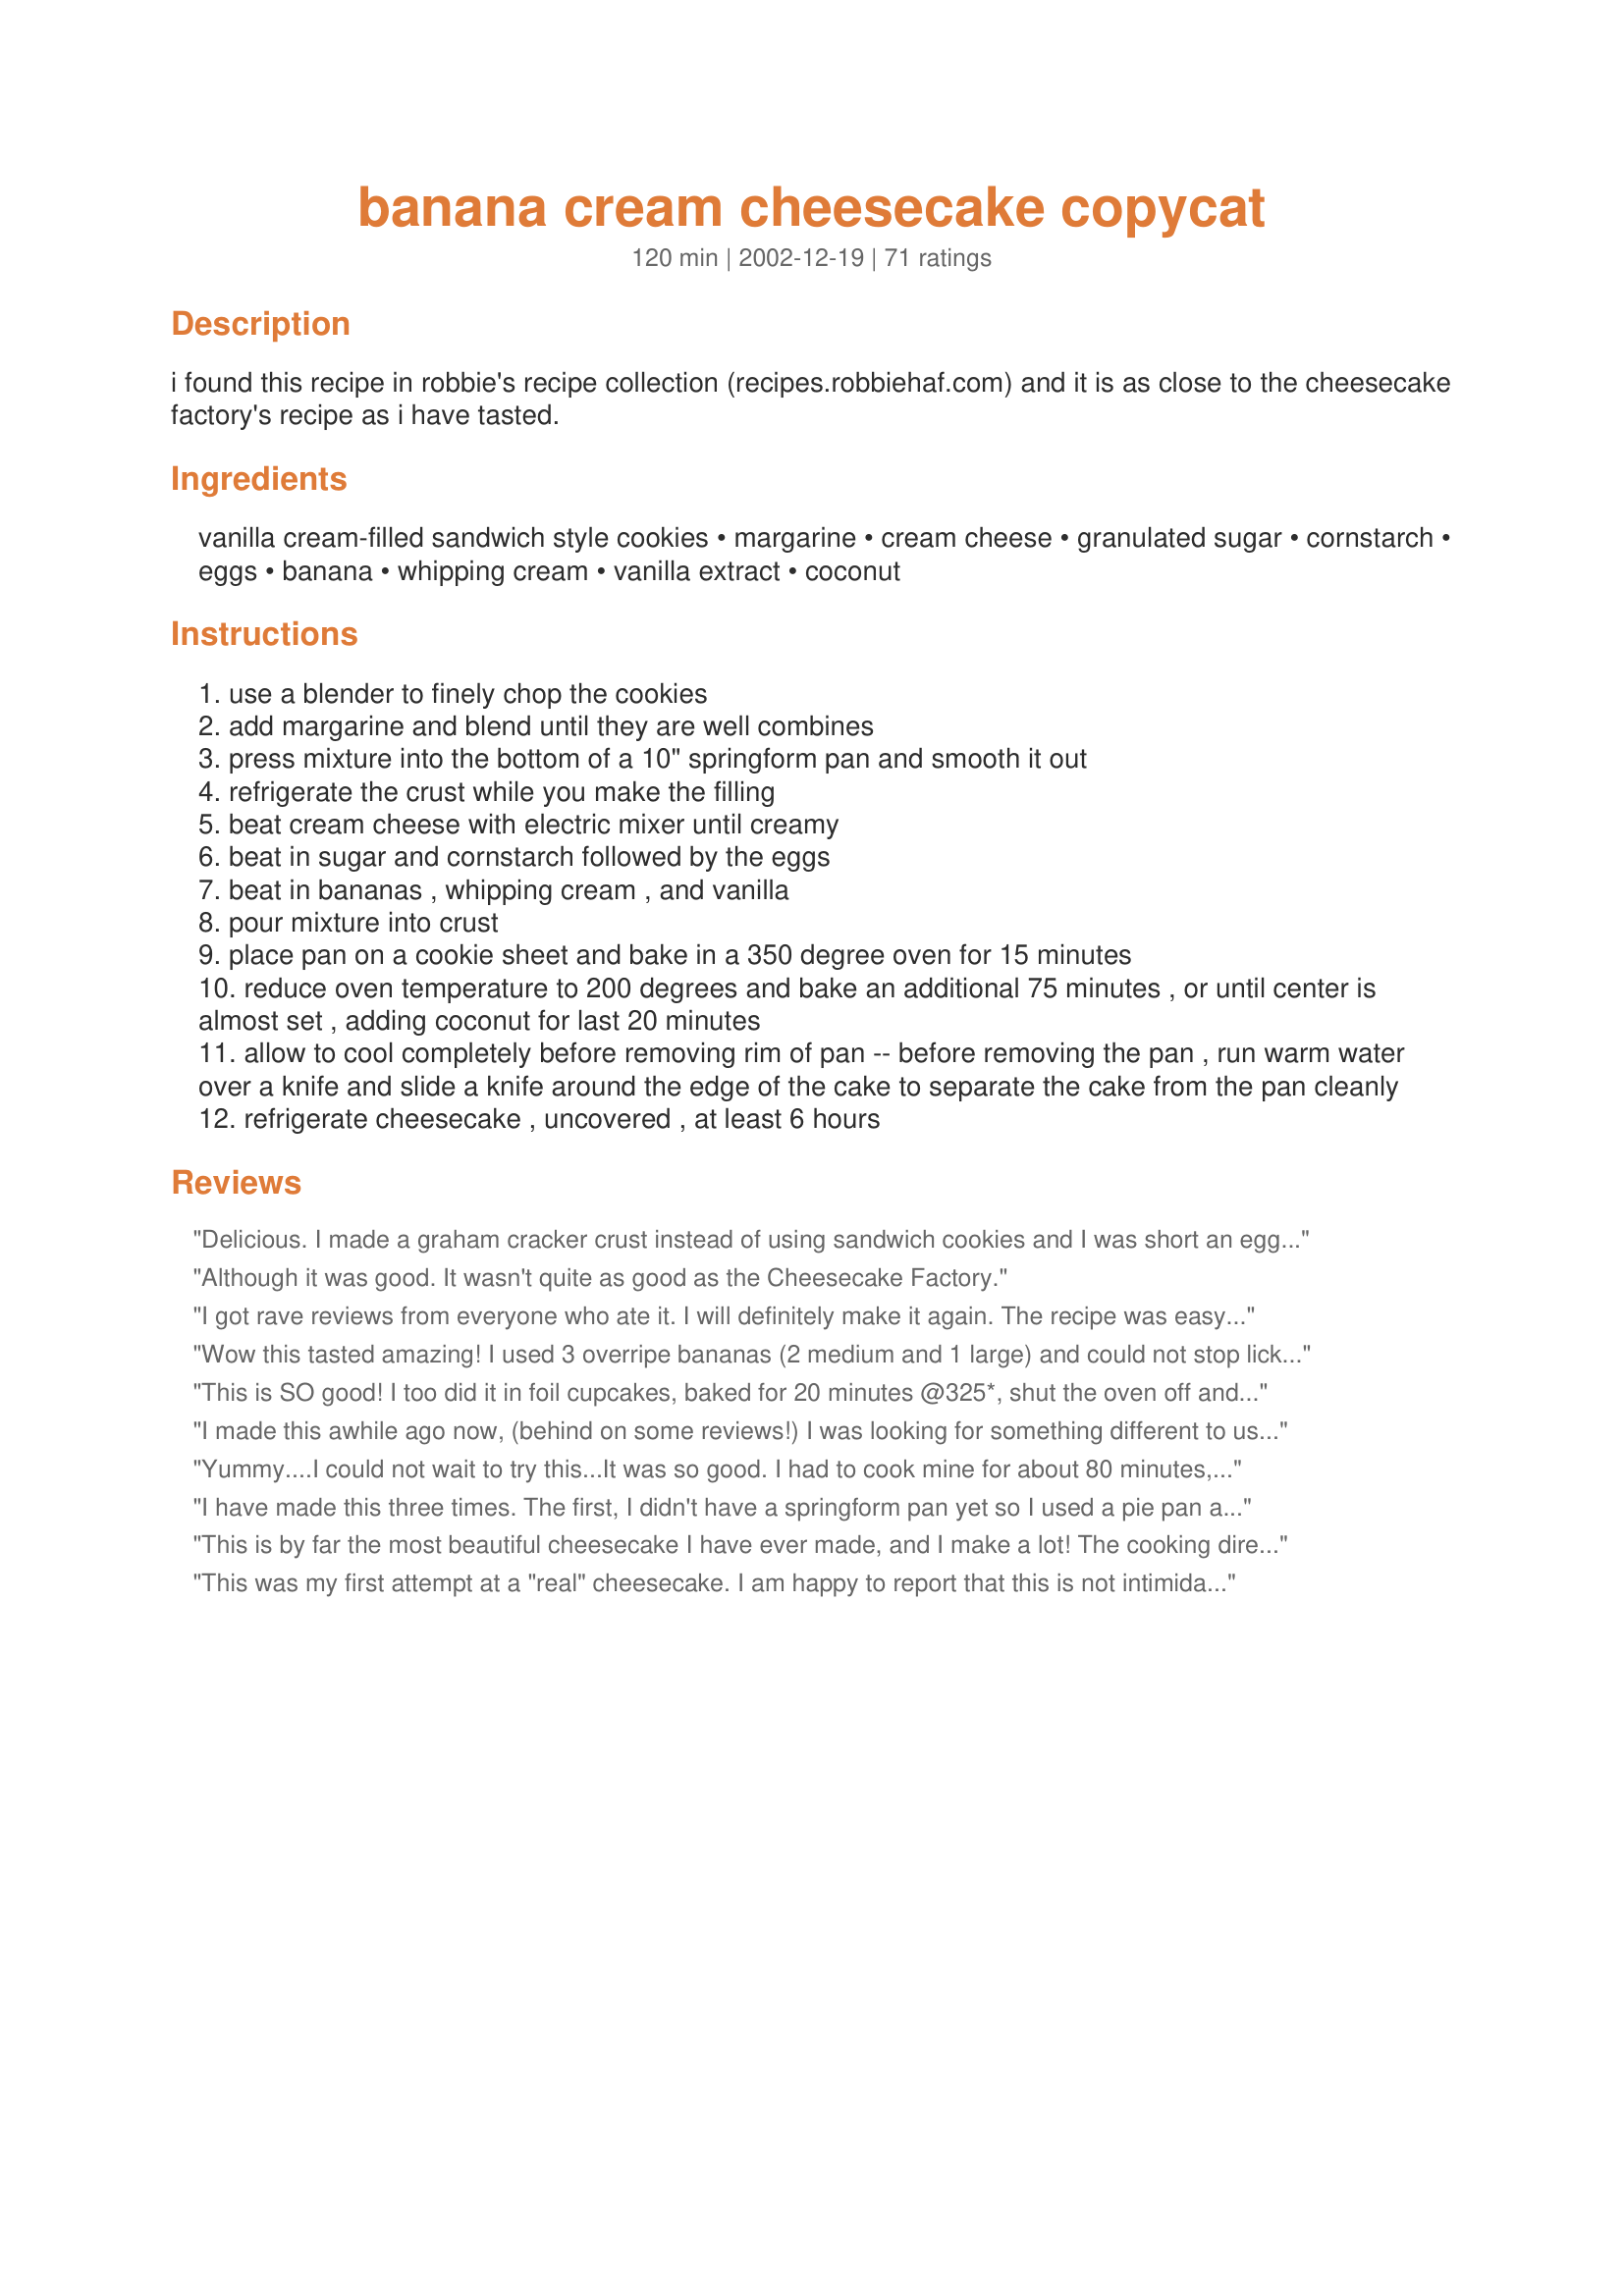
banana cream cheesecake copycat
Preparation time: 120 minutes

i found this recipe in robbie's recipe collection (recipes.robbiehaf.com) and it is as close to the cheesecake factory's recipe as i have tasted.

Ingredients:
vanilla cream-filled sandwich style cookies, margarine, cream cheese, granulated sugar, cornstarch, eggs, banana, whipping cream, vanilla extract, coconut

Steps:
use a blender to finely chop the cookies
add margarine and blend until they are well combines
press mixture into the bottom of a 10" springform pan and smooth it out
refrigerate the crust while you make the filling
beat cream cheese with electric mixer until creamy
beat in sugar and cornstarch followed by the eggs
beat in bananas , whipping cream , and vanilla
pour mixture into crust
place pan on a cookie sheet and bake in a 350 degree oven for 15 minutes
reduce oven temperature to 200 degrees and bake an additional 75 minutes , or until center is almost set , adding coconut for last 20 minutes
allow to cool completely before removing rim of pan -- before removing the pan , run warm water over a knife and slide a knife around the edge of the cake to separate the cake from the pan cleanly
refrigerate cheesecake , uncovered , at least 6 hours

Reviews:
Delicious. I made a graham cracker crust instead of using sandwich cookies and I was short an egg so substituted a bit of ground flax seed mixed in water for it. Otherwise I followed the recipe and found it much more flavorful than your average cheesecake. Even my child who doesn&#039;t like bananas was happy to eat it.
Although it was good. It wasn't quite as good as the Cheesecake Factory.
I got rave reviews from everyone who ate it. I will definitely make it again. The recipe was easy to follow. After the 75 minutes, I left it in the oven with the door ajar for 40 minutes.
Wow this tasted amazing! I used 3 overripe bananas (2 medium and 1 large) and could not stop licking the batter =). I used a 10" springform pan but after the first cut realized that it needed to cook for about another 10-15 minutes. Other than that my dad and rest of the family loved it (my dad's favorite cheesecake at the Cheesecake Factory is this one so I made it for his birthday)! Thanks for such a great recipe.
This is SO good! I too did it in foil cupcakes, baked for 20 minutes @325*, shut the oven off and let them stand for an additional 5 minutes with door open before removing them from the oven. I cooled them, topped with canned whipped cream, a small butter cookie and sifted cocoa! They turned out beautiful! Light, airy and perfectly creamy! I took them to a potluck and came home empty handed - with rave reviews! THANKS! 

I made this awhile ago now, (behind on some reviews!) I was looking for something different to use up those ripe bananas and I had the cream cheese in the house so, why not! I liked it, (banana would actually not be my first choice for a cheesecake flavour, I am more for chocolate, cherry, raspberry, you get the idea!)...but hubby loved it! So I must give 5 stars as he is not a big dessert person. He doesn't like really really rich stuff that much. I think now that if he has his choice, this would be one of the ones he would request.
The texture was just great, smooth and creamy! Thanks, Tina!
Yummy....I could not wait to try this...It was so good. I had to cook mine for about 80 minutes, the center was still very jiggly. It probably could have used another 5 minutes. But, OMG...this was so creamy and so good. My family was in heaven. Thanks for the wonderful recipe!!!
I have made this three times. The first, I didn't have a springform pan yet so I used a pie pan and used neaufachatel cheese to cut the fat and agave instead of sugar, half the amount of sugar since agave is very sweet. The second time I made it with mango puree instead of banana. The last time I followed the recipe exactly and it was amazing! Served it with whipped cream and it was a hit!
This is by far the most beautiful cheesecake I have ever made, and I make a lot! The cooking directions were great! The only problem I had -and if I had read more reviews maybe this would have been mentioned- I chose too green of banannas. I'm thinking the stage just before the brown spots appear would have been PERFECT. The bananas I used had a tiny bit of green on the stem. The cheesecake wasn't sweet enough. That being said it was still very good. I served it with Whipped cream on top- made from a recipe here. I will definately make this again- with riper bananas!
 This was my first attempt at a "real" cheesecake. I am happy to report that this is not intimidating at all, like I thought it would be. It was pretty easy to do and tasted wonderful to beat. My sis and bil said it was better than Cheesecake Factory's and I'll have to take their word for it, since I've never been there. It is NOT hard, try it!!
The secret to have this recipe come out perfect is to use 25 vanilla Oreo cookies. Use 1 cup of mashed bananas. I bought the bananas slightly green from the top, waited six days before I made the cheesecake. I also used a 9 inch springform baking pan and lined the bottom with parchment paper (first I greased the entire inside of the pan with shortening). I also baked it at 375 degrees for 15 minutes, and 210 degrees for 75 minutes. The key for it to set well is to leave it in the oven for an hour after it&#039;s done baking (shut the oven off, of course) with the oven door slightly cracked.
AWSOME!! One of the easiest cheese cakes you will ever make. Perfect and easy to follow instructions. Thank you!!
This recipe is worth all it's stars and more. It was my first time baking a cheesecake and I must admit I was a little intimidated. But the recipe instructions were nice and clear and it turned out to be simple enough to prepare. I used half regular and half overripe bananas as that is what I had to hand and after baking for the 75 mins I kept the cheesecake in the oven for an hour with it turned off (at the suggestion of another reviewer). Then I allowed it to chill in the refrigerator overnight. The result was a perfectly textured, creamy bananary cheesecake which more than met my expectations and everyone enjoyed. The banana cream cheesecake from The Cheesecake Factory is the only one I buy every time and this tasted JUST like it! (I can make my own in future!). Thank you so much for sharing :)
love it... i followed the recipe but only skip the coconut topping. the centre did not turn firm after 75 min, so I gave it another 15 min in the oven, before remove it to cool.

Did took the patience to wait it in the fridge for overnight. It turned out prefect!

Thank you so much!
I made 3 of these for the holidays. Everyone has raved about how wonderful it is and always requests the recipe. Based on some of the previous reviews, after cooking for the 75 minutes, I turned the oven off and left in for another hour and it came out the perfect texture. Thanks for sharing such a wonderful recipe.
This is my first review. This was the first time I ever made a cheesecake. I cheated a bit and used a (gulp) store bought Graham crackers crust which didn&#039;t take away from the recipe. Since my crust was smaller and the recipe rendered quite a bit of batter, I made two! The first was great as described. For the second batch I thought I would make it my own so I added a tablespoon of Triple Sec liquor, a dash more raw sugar and vanilla extract. I fed it to my family and it was a hit! The triple sec took it over the top! Eat, Love, Live! Enjoy life!
Made this for my husband for Valentine's Day. He loved it and so has everyone else that tried it. My daughter shared some with a co-worker and he said "Tell your mom I love her!
This is so wonderful although I altered it a little. That is only because I live in Turkey. I did not have vanilla and so I used Rum flavoring. I only used 2 eggs because I was short and it was fine. So fantastic. I made whipped topping and put it on top, along with sliced strawberries. I put out chocolate sauce. Some used it and some not. It was a fantastic banana split cheesecake.
My trick to this cheesecake is to purchase bananas three weeks in advance, yes I said it 3 weeks in advance, if the bananas are not black on the outside and mushy in the middle, then they are not ready.... Best cheesecake I've ever had reminds me of my grandmother's vanilla wafer pudding with bananas
Wonderful cheesecake. My DIL said it was the best cheesecake she ever ate. I made a crust from chocolate wafers and served it to company. Everyone raved over it. I garnished it with toasted coconut and it looked like I bought it at the bakery. Try this cake. It's great!
I made this for my son's birthday. I didn't use cream as I hadn't any; and I topped up the cream cheese with home-made natural yoghurt as I hadn't enough. This is the first successful cheesecake I've made so thank you! Nice clear instructions!
This was the best! I used golden oreos (yum) for the crust. I baked it in a water bath...it took much longer to cook than posted, but I used a 9 inch springform pan, so that may be why it took longer. It was no big deal, I just kept checking on it every 10 minutes or so until it was set. I let it sit in the oven with the door propped open overnight (which is what my mom always does with cheesecakes) and it was fantastic! I did not add the coconut. Our new favorite dessert in this house!
I made this for my dad but did it sugar free. I did a pecan crust, and sub stevia ( 1/8 tsp) for sugar. I also baked it at 350 for 45-60 min. he loved it. thanks for the idea.
Ok so I could not follow the recipe. hehehehee I did not have 24 oz of cream cheese so I had only 2-8 oz cream cheese and 8 oz laughing cow, so I used that. I had 3 over ripe bananas so I used them all. My eggs were small ones so I used 4, I did not have whipping cream so I used sour cream. I did not have vanilla cookies so used graham crackers... With all that... I baked it at 350 for 20 min then turned down to 250 for 75 min. Center was semi firm at that point. It turned out very YUMMY! (a recipe is only a sugestion)!! : )
THANK YOU THANK YOU.
I just made this into the cupcakes with a vanilla buscuit as the base. It is delicious!! I baked them at 350 for about 15 minutes. They freeze well too.
Don't trust the cook time. Listen to your instincts. I didn't, and this happened. I cooled it for 6+ hours. Greatest disappointment I've ever had in the kitchen. I made this for my fiance's birthday. It flopped and I was thoroughly embarrassed. cook it longer until you're sure it's not going to disappoint you. His friends still liked the taste and presentation (before I cut into it) but I could've cried. I can't stress enough how wrong the baking time is. It looks like it at least needed another 30 minutes.
This was an awesome cheesecake! Not only did it turn out beautiful (un-cracked), it tasted delicious as well. My MIL LOVED it. lol
This was a very good cheesecake, I made my own crust with chocolate gram crackers and ground pecans. Everyone enjoyed it, I will keep this as my favorite. From the Brewhead
AWESOME!!! This cheesecake is SOOOOOO creamy and wonderful!!! I had vanilla wafers on hand so I used them, next time I will use the cream filled sandwich cookies. I can't wait to share this with the family! Thanks SJG!
I could hardly wait to try this recipe. Had an excellent rich and creamy taste with fresh banana flavor. A little piece of heaven with each bite. A great show-off dessert. Thanks for sharing it.
Yum! thanx for making this recipe . it went way well with my room mates and boyfriend! They all LOVED it ! The only change i made was that i used more bananas. not because there wasnt enough in the recipe , its just we all love fruit!
Wish there were more stars to give this recipe! we have made this recipe so many times since we found it in May. This is the most requested cheesecake from my family & friends. I have made it with vanilla wafers as the crust and that wasn't so bad. Thanks for posting....
Absoultely delicious. It was very creamy and the banana flavor is wonderful.
Quite delish! Texture was nice, flavor was good. My husband doesn't like banana, (tho he likes cheesecake,) and he still liked it. changes: I used a graham cracker crust from a different cake recipe because I had graham crackers. I used half honey and half maple syrup intead of sugar, I used 1/4 C. more banana, and I didn't use coconut. I also doubled the recipe and in one of the cakes, before I cooked it, I sprinkled a large handful of carob chip (chocolate would probably work just as well) on top and then pressed them just so they disappeared into the batter. (yummy.) One recipe makes two pie pans full.
Great recipe!!! I used the 1/3 less fat cream cheese, and replaced banana extract for the vanilla. I also followed a previous review; after the cheesecake finished baking, I turned off the oven and left it overnight. Someone mentioned that this made 2 pans... I used a 9" springform pan and the recipe was perfect for one of those. Thank you for a great recipe. This will be added to the "cheesecake rotation" in my house!!
I'm not sure why my husband and I didn't like this. We both love bananas and cheesecake... but we didn't like this. Maybe I should have baked it longer that it called for, I don't know. It was at best okay, but I won't be making it again.
This was the first time ive made cheescake, and i loved the flavor, but the consistency of the filling was not nice. The top and edge looked fine, but when I took a slice out I was dissapointed to see that it looked undercooked, even after I left it in the oven an hour extra in the remaining heat (as recommended by other reviewers). I love foods that look *and* taste great, and this one just didnt pan out for me. I think if I had left it cook for longer it would have been better.
I have no idea in thisworld what happened! I followed this recipe word for word and I ended up with a sweet quiche. This also took practically 3 hours to cook on 200 deg. I am so sorry but this just didn't work for us :-(
We so enjoyed this cheesecake! I've never had the one from Cheesecake Factory -- but I can't imagine it could be any creamier or more delicious than this one!!! I did leave it in the oven for an hour after it was done baking (after I turned the oven off) -- per the recommendations of some of the other reviewers. I have no idea if that added to the creaminess of the cheesecake -- but it was the best we've EVER had. I used some low-sugar/low-fat cookies and also used Splenda. It worked great. This is just a wonderful recipe and I know I will be making it again and again for special occasions. Thank you for posting the recipe.
this is terrible, dont waste you time nor money it just not good, and takes lots of stuff and time! terrible taste
This was fabulous----rave reviews from everyone. I used Snackwells sugar free cookies for the crust,and substituted Splenda for the sugar. Very good. Wonderful banana flavor.
this recipe is absolutely FABUUUUUULOUS! thanks for sharing!
I decided to make this yesterday and it came out delicious! My husband usually isn't a fan of cheese cake but he loved it! I did find that this recipe does make way more batter then needed for 1 cake so I wound up with 2 lol. I used nilla waffer cookies for the crust and after reading a few other reviews decided to go with 3 bananas and it was perfect! Since we wound up with 2 my husband took 1 to work and everyone there loved it too! Thanks for the amazing recipe! :)
My family thought this was great. I did add 1/4 cup of banana liqueur for extra flavor. My mom thought it wasnt sweet enough. I think because she was sick.
Very delicious!! The only thing I did different was that I used chocolate oreos for the crust. This cheesecake was a hit.
I tried this recipe today. It was wonderful and came out "picture perfect". The only variance I did was to bake it the 15 minutes at 350 as directed and then I added hot water to the pan to bake it in a water bath. Turned the oven off when the cake wasn't too jiggly. removed it from the water and put it back in the oven with the door cracked open. I left it there for about an hour. Then cooled it totally on rack. I also added 1/4 C of Malibu coconut rum but couldn't taste that too much. Topped it with whipped cream and toasted coconut. My DH loved it! It's a keeper.... Oh... I also did a different crust...
I wasted all those ingredients on a cheesecake that wasn't cooked at the right temperature. A faster, more effective way is to bake it at 325 degrees for an hour. Much faster. I ended up having to have mine in for twice as long as this recipe. DO NOT USE THIS RECIPE!!!!
My first time making a cheesecake & this recipe proved to be fool proof! It looked professionally made. I also I kept the cheesecake in the oven for an hour with it turned off (at the suggestion of another reviewer). **UPDATE** made again and added add two teaspoons of banana extract. Perfect!
very good..I added a 1/4 cup more banana and it turned out nice..
I just baked it the other day and everyone just loved it. I'd never baked any cheesecake before that. Thanks for a great recipe :-)
My boyfriend specifically requested a banana cheesecake for his birthday and this is the recipe we settled on. Thank goodness! This was absolutely delicious! After reading reviews: I let it sit in the oven for an hour and a half after it was done baking with the oven door propped open. I also used a full cup of mashed banana because some reviews said it had light flavor. Mine had a superb flavor and not necessarily what I would call light, though not heavy. It was then refrigerated for close to 24 hours. I got rave reviews from everyone! Also note, I used 24 cookies for the crust; 20 just didn't seem to cover the bottom for me.
Made this recipe, but made cupcake-sized cakes with it. Just pressed 1 T. of the crust into foil muffin tins and then filled each cup 3/4 full and then baked at 325* for 20 minutes. They came out moist and banana-y, just beautiful! Topped with whipped cream and dark chocolate shavings. A definate keeper.
I made this for my Boss on her birthday, I took Raymond H's advice and used Oreos and cooked it the way he said too! It was my first baked cheesecake and it was AWESOME!! I did the water bath thing too, no crackes and cooked perfect! The only thing I'll do differently next time is maybe add some Banana extract for a little more banana flavor! It was a hit though! Thanks everyone for the advice! I'm not longer a Cheese cake baking virgin!!
This recipe was fool-proof. After reading that some reviewers mentioned a soft middle or longer to cook I used 2 not quite ripe bananas. The cheesecake was perfect. Flat on top and taller like a piece I'd order from a restaurant, and just as good.Somewhat rich but not overly sweet. Sweetness came from the crust. I used butter instead of margarine. Did opt for some shredded coconut. Served with a dollop of real whipped cream. Yum
I have had some cheesecakes in my time but this is the absolute best I have ever made and tasted before. I could not stop eating it and I plan to go get a piece after this. Thanks soooo much for taking my taste buds to the next level. I am in Cheesecake Heaven!
I have made this three times now. The last two times I used a peanut butter filled vanilla cookie and used a package of 25. The peanut butter and the banana combination is great. Also I used fresh whipped cream but used a cup verses 1/2 as the recipe calls for.. I also added a sliced banana after it was poured into the pie pan and dropped the slices in on the top of the cake and pushed them in below the surface. Also another trick is to use more bananas and use very ripe (black) bananas. If you do the above the cake will blow your mind. Randy
Very good tasting. However, as far as presenting it, it was only about an inch high! Didn't look like the picture at all, but I'd still give it high praises.
This recipe was great! I changed it slightly, using the 1/3 fat Neufchâtel cream cheese and fat free cool whip. Really creamy! I also added an extra banana and the flavor is just right! I will definately be making this again! (especially since the first one has all but vanished in only a day!) Thanks!
I don't know what happened, but mine was raw in the center like another reviewer said. I have a oven thermometor, and I used a timer. The only thing I did differently was to cook it 10 extra minutes. Even with the extra time it was still gooey in the middle. I was just expecting this dense cheesecake. I love bananas, and I love the cheescake so I had very high hopes. I didn't put any stars because I thought I might try again. Any suggestions to what might have went wrong?

My husband loved it. My first time making cheesecake and it came out great! Every excited. I read some of the other comments before I made it and add 3 banannas because I wanted the banana taste to stand out. I will make again.
I used a teas of banana liquor,which really helped the flavor
Wasn't as good as I had thought it would be. But my hubby and neighbors liked it. So I'm giving it 4 stars in their honor. Didn't have enuff banana flavor.
Excellent made this recipe, without crust, being gluten-intolerant. Replaced the sugar with Splenda, being diabetic. Turned out wonderful, enjoyed ever bite. Thank you!
I made this recipe today and everyone in my household of 4 agreed it was 5 star. I used very ripe (black) bananas and followed the recipe to the letter. Only the 2nd cheesecake ive ever made, was fantastic, thank you for posting it.
I made this with a water bath but followed all the rest of the directions exactly. The texture was the perfect, creamy consistency with NO cracks. The cooking times stated were perfect. Everyone thought it was yummy. Mine came out really short so next time I think I'll use a smaller pan- maybe an 8 or 9 inch. I only used one banana cause somebody around here ate all the bananas up! It was fine with just the one but next time I'll use 2 or 3 to give it more banana flavor. Thanks for sharing this one with us!
We loved this cheesecake. I didn't measure bananas, used 1, next time I'll try 2. This was an easy, no fuss, recipe that tastes like you went to a lot of trouble. I'll be making it again very soon.
This recipe is perfect! Changed wafer crust to graham crust for preference. Added 2 T banana liqueur to heighten the banana flavor. Served with a chocolate syrup drizzle, toasted coconut and toasted hazelnuts-with or without the tweaks-the recipe by itself was incredible and I will make this again!
Fantastic recipe!!!! Absolutely yummy! Finished half the cake between 2 of us in 2 days :) I used oatmeal cookies instead of cream filled cookies for the base. Also, I baked the cheesecake in my little turbo oven (I highly recommend everyone get one of these!) for 45 mins at 350oF/180oC (the top will brown, just keep an eye out on it), then turned it down to 300oF/150oC for approximately 15 mins, switched it off and left for approximately 30 mins and cooled it on the kitchen bench for an additional 30 mins. It smelt so great and looked so fantastic that we had to have a piece straight away, before refrigerating.
This recipe was perfect! Not a single thing needs to be changed. DH loves Banana Cream Pie, but hates cheesecake. He LOVED this cheesecake!
I didn't try it because I don't like cheesecake and I'm on a diet, but anyways I got tons of great reviews from everyone who tried it =). They said it was a good light-banana tasting cheesecake. I didn't have vanilla cookies, so I used graham crackers instead. Thanks!
I found this recipe on the web several years ago after eating at the Cheesecake Factory. The only thing that could make it better is the recipe for the Belgian creme topping like the restaurant has. I found a great recipe on the web that completed the "copycat" experience!
